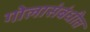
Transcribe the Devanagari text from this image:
गोलासंबंधीत